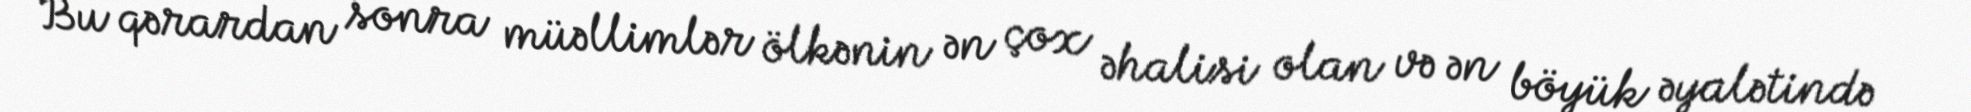
Bu qərardan sonra müəllimlər ölkənin ən çox əhalisi olan və ən böyük əyalətində